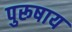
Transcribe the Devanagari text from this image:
पुरूषाय